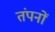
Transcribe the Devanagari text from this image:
तंपनों